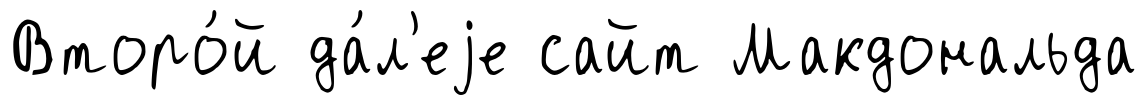
Второ́й да́л'еjе сайт Макдональда